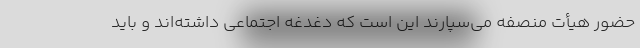
حضور هیأت منصفه می‌سپارند این است که دغدغه اجتماعی داشته‌اند و باید